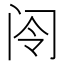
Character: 𫠂